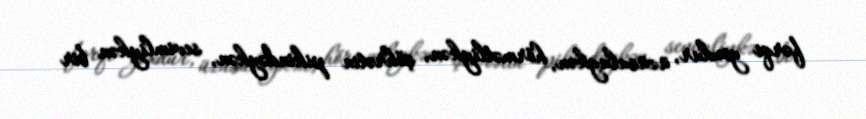
fərqi yoxdur, üzüsuluykən, hörmətliykən, şöhrətin pikindəykən, sevimliykən bir